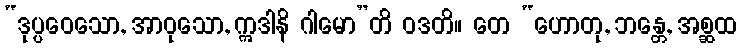
“ဒုပ္ပဝေသော, အာဝုသော, ဣဒါနိ ဂါမော”တိ ဝဒတိ။ တေ “ဟောတု, ဘန္တေ, အစ္ဆထ